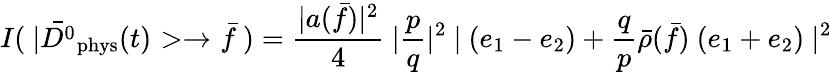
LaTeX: I(~|\bar{D^{0}}_{\mathrm{phys}}(t)>\to\bar{f}~)=\frac{|a(\bar{f})|^{2}}{4}~|\frac{p}{q}|^{2}~|~(e_{1}-e_{2})+\frac{q}{p}\bar{\rho}(\bar{f})~(e_{1}+e_{2})~|^{2}